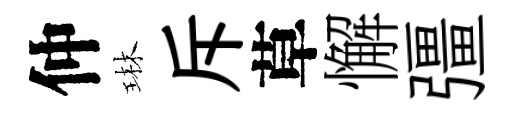
仲琳斥草懈彊